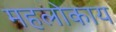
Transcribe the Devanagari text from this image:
महलोकाय